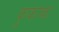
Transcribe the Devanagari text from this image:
कुकाकः